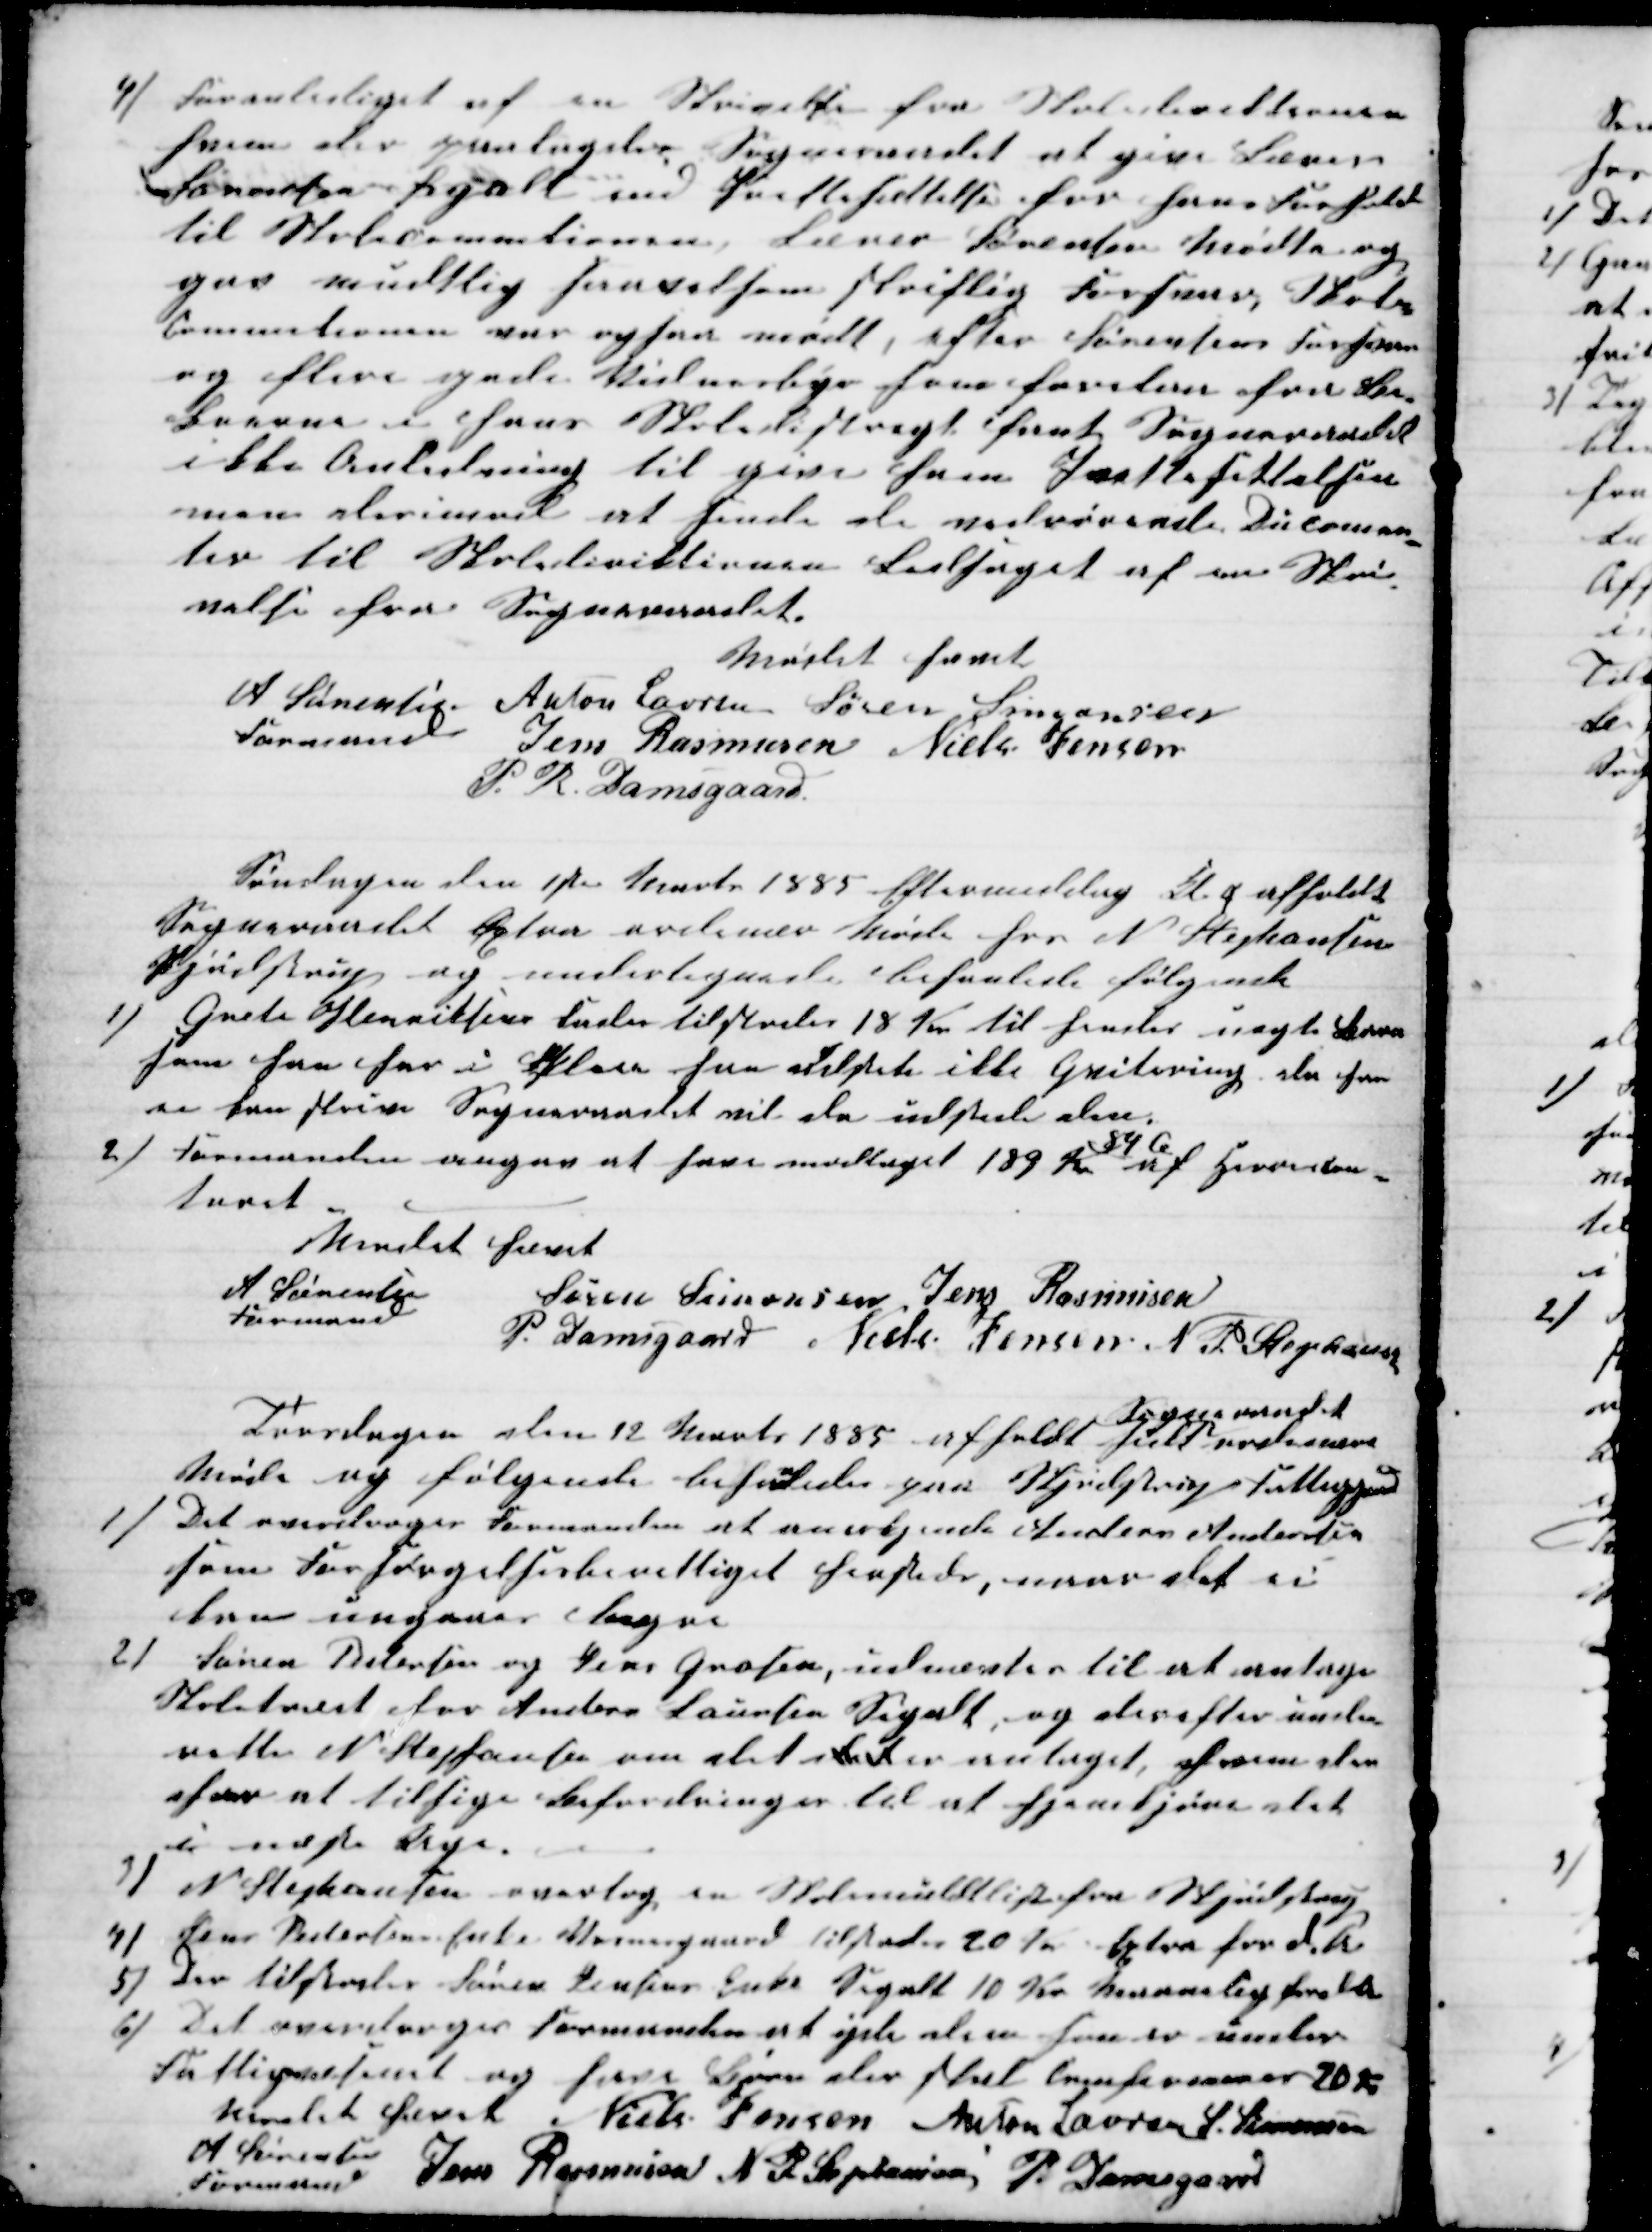
Transskription:
4) Foranlediget af en Skrivelse fra Skoledirektionen
hvor der paalagdes Sogneraadet at give Lærer
Sørensen Segalt end Irettesættelse for hans Forhold
til Skolecommitionen, Lærer Sørensen Mødte op
paa mudtlig saavelsom skriftlig Forsvar, Skole-
Commitionen var også mødt, efter Sørensens Forsvar
og flere gode Vidnæsbyr som forelaa fra Be-
boerne i hans Skoledistrægt fant Sogneraadet
ikke Anledning til give ham Irettesettelsen
men derimod at sende de vedrørende Ducomen-
ter til Skolediriktionen Ledsaget af en Skri-
velse fra Sogneraadet.
Mødet hævet
A Sørensen
Formand
Anton Laursen Søren Simonsen
Jens Rasmusen Niels Jensen
P. R. Damsgaard
Søndagen den 1ste Marts 1885 Eftermiddag Kl. 4 afholdt
Sogneraadet Æxtra ordinær Møde hos N Stephansen
Skjødstrup og undertegnede behanlede følgende
1)
Grete Henriksens Fader tilstodes 18 Kr. til hendes uægte Barn
som han har i Pleie han udstete ikke Quitering, da han
ei kan skrive Sogneraadet vil da udstede den.
2)
Formanden angav at have modtaget 189 Kr 
84 Ø
af Herredscon-
toret.
Mødet hævet
A Sørensen
Formand
Søren Simonsen Jens Rasmusen
P. Damsgaard Niels Jensen N. P. Stephansen
Torsdagen den 12 Marts 1885 afholdt sit
Sogneraadet
ordinære
Møde og følgende behanledes paa Skjødstrup Fattiggaard
1)
Det overdroges Formanden at anerkjende Anders Andersen
som Forsørgelsesberettiget hersteds, naar det ei
kan ungaaes længre
2)
Søren Pedersen og Jens Grosen, udnævtes til at antage
Skoletræet for Anders Laursen Segalt, og derefter under-
rette N. Stephansen om det det  er antaget, hvem de
har at tilsige Befordringer til at hjemkjøre det
i næste Uge.
3) N Stephansen overtog en Skolemulktliste fra Skjødstrup
4)
Jens Pedersen Enke Vosnesgaard tilstodes 20 Kr extra for d. A
5)
Der tilstodes Søren Jensens Enke Segalt 10 Kr. Maanedlig fra 1ste
6) Det overdroges Formanden at yde dem som er under
Fattigvæsenet og har Børn der skal Confirmeres 20 Kr
Mødet hævet
Niels Jensen Anton Laursen S. Simonsen
A Sørensen
Formand
Jens Rasmusen N. P. Stephansen P. Damsgaard